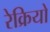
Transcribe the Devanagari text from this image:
रेक्रियो